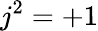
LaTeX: j^{2}=+1